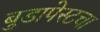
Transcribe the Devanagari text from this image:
बुडापेस्टचा